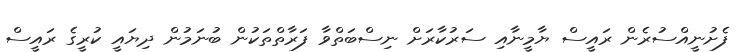
ފެށުނީއްސުރެން ރައީސް ޔާމީނާއި ސަރުކާރަށް ނިސްބަތްވާ ފަރާތްތަކުން ބުނަމުން ދިޔައީ ކުރީގެ ރައީސް